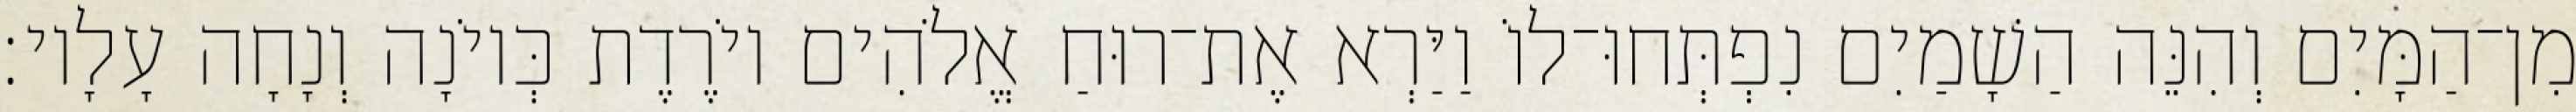
מִן־הַמָּיִם וְהִנֵּה הַשָׁמַיִם נִפְתְּחוּ־לוֹ וַיַּרְא אֶת־רוּחַ אֱלֹהִים יוֹרֶדֶת כְּיוֹנָה וְנָחָה עָלָיו׃